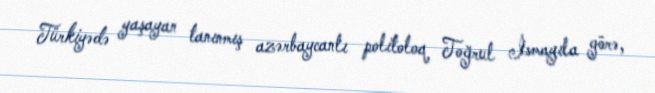
Türkiyədə yaşayan tanınmış azərbaycanlı politoloq Toğrul İsmayıla görə,